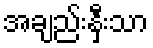
အချည်းနှီးသာ